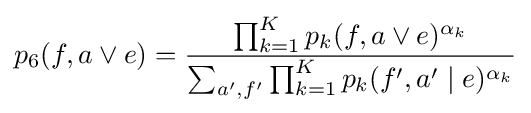
p_{6}(f,a\lor e)={\frac {\prod _{k=1}^{K}p_{k}(f,a\lor e)^{\alpha _{k}}}{\sum _{a',f'}\prod _{k=1}^{K}p_{k}(f',a'\mid e)^{\alpha _{k}}}}